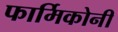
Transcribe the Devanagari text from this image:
फार्मिकोनी